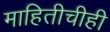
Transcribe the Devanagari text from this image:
माहितीचीही